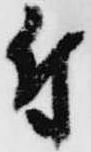
付